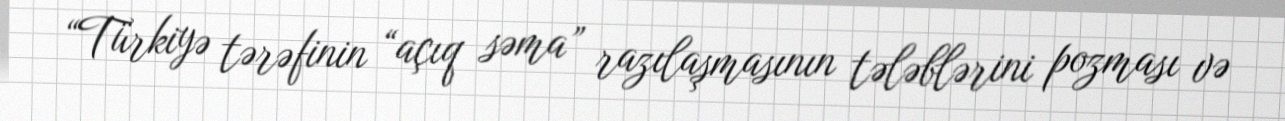
“Türkiyə tərəfinin “açıq səma” razılaşmasının tələblərini pozması və